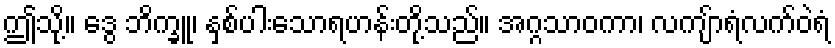
ဤသို့။ ဒွေ ဘိက္ခူ၊ နှစ်ပါးသောရဟန်းတို့သည်။ အဂ္ဂသာဝကာ၊ လကျ်ာရံလက်ဝဲရံ